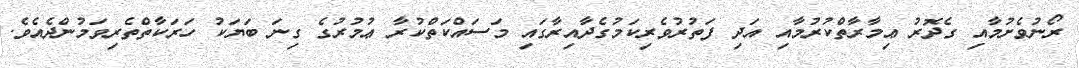
ރޯނުވެށުމާއި ގެދޮރު ޢިމާރާތްކުރުމާއި އަދި ފަތުރުވެރިކަމުގެދާއިރާގައި މަސައްކަތްކުރާ ޢުމުރުގެ ގިނަ ބަޔަކު ހަރަކާތްތެރިވަމުންދެއެވެ.